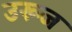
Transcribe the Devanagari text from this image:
उरूज